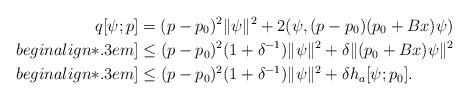
LaTeX: \begin{align*}q[\psi;p] &= (p-p_0)^2 \|\psi\|^2 + 2(\psi,(p-p_0)(p_0+Bx)\psi) \\begin{align*}.3em]&\le (p-p_0)^2 (1+\delta^{-1}) \|\psi\|^2 + \delta \|(p_0+Bx)\psi\|^2 \\begin{align*}.3em]&\le (p-p_0)^2 (1+\delta^{-1}) \|\psi\|^2 + \delta h_a[\psi;p_0]. \end{align*}